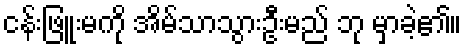
ငန်းဖြူးမကို အိမ်သာသွားဦးမည် ဘု မှာခဲ့၏။